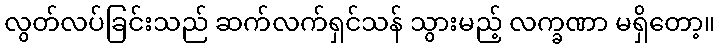
လွတ်လပ်ခြင်းသည် ဆက်လက်ရှင်သန် သွားမည့် လက္ခဏာ မရှိတော့။